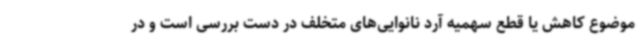
موضوع کاهش یا قطع سهمیه آرد نانوایی‌های متخلف در دست بررسی است و در